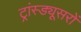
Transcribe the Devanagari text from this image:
ट्रांस्ड्यूसरों